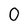
Character: O